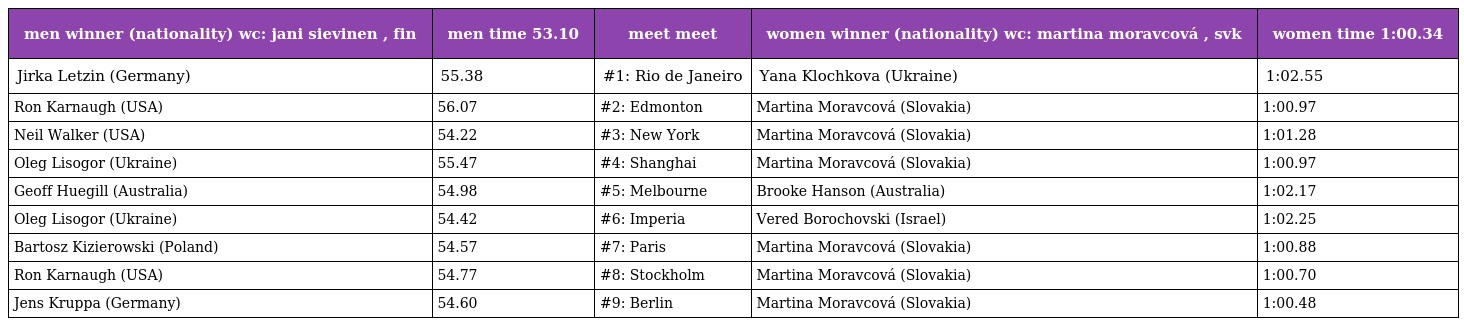
| men winner (nationality) wc: jani sievinen , fin | men time 53.10 | meet meet | women winner (nationality) wc: martina moravcová , svk | women time 1:00.34 |
 | --- | --- | --- | --- | --- |
 | Jirka Letzin (Germany) | 55.38 | #1: Rio de Janeiro | Yana Klochkova (Ukraine) | 1:02.55 |
 | Ron Karnaugh (USA) | 56.07 | #2: Edmonton | Martina Moravcová (Slovakia) | 1:00.97 |
 | Neil Walker (USA) | 54.22 | #3: New York | Martina Moravcová (Slovakia) | 1:01.28 |
 | Oleg Lisogor (Ukraine) | 55.47 | #4: Shanghai | Martina Moravcová (Slovakia) | 1:00.97 |
 | Geoff Huegill (Australia) | 54.98 | #5: Melbourne | Brooke Hanson (Australia) | 1:02.17 |
 | Oleg Lisogor (Ukraine) | 54.42 | #6: Imperia | Vered Borochovski (Israel) | 1:02.25 |
 | Bartosz Kizierowski (Poland) | 54.57 | #7: Paris | Martina Moravcová (Slovakia) | 1:00.88 |
 | Ron Karnaugh (USA) | 54.77 | #8: Stockholm | Martina Moravcová (Slovakia) | 1:00.70 |
 | Jens Kruppa (Germany) | 54.60 | #9: Berlin | Martina Moravcová (Slovakia) | 1:00.48 |